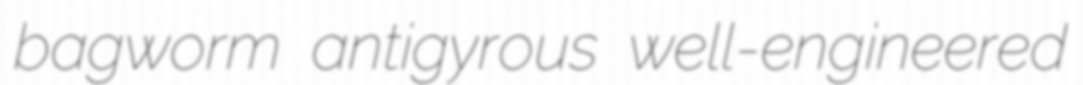
bagworm antigyrous well-engineered